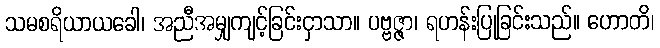
သမစရိယာယခေါ၊ အညီအမျှကျင့်ခြင်းငှာသာ။ ပဗ္ဗဇ္ဇာ၊ ရဟန်းပြုခြင်းသည်။ ဟောတိ၊